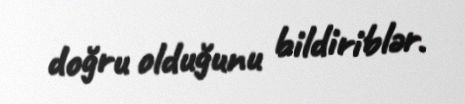
doğru olduğunu bildiriblər.